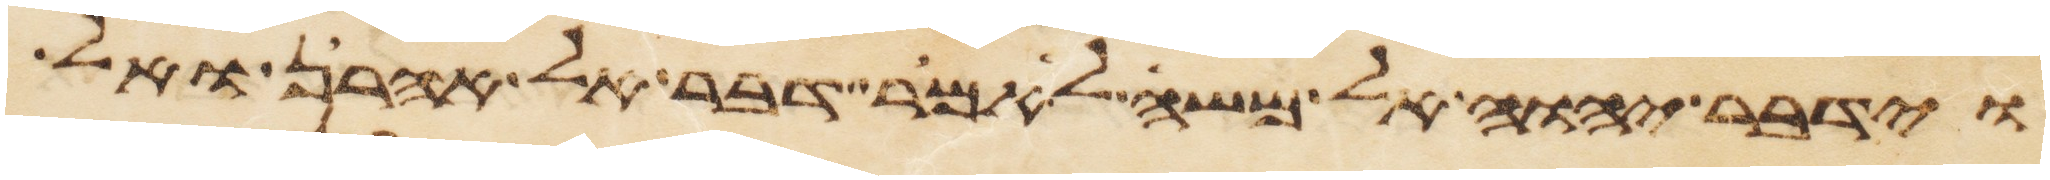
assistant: וידבר יהוה אל משה לאמר דבר אל אהרן ואל